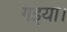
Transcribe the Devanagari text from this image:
गइया।